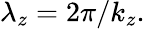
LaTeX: \lambda_{z}=2\pi/k_{z}.